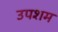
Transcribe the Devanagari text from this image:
उपशम